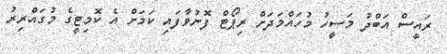
ރައީސް އަބްދު މަސީހު މުހައްމަދަށް ރިޕޯޓް ފޮނުވާފައި ކަމަށް އެ ކޮމިޓީގެ މުގައްރިރު